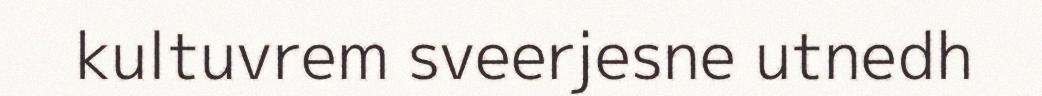
kultuvrem sveerjesne utnedh